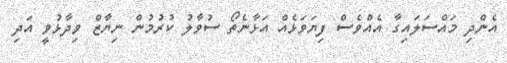
އެންދި މައްސަލައިގާ އެއްވެސް ފިޔަވަޅެއް އަޅާނެތޯ ސުވާލު ކުރުމުން ނިޔާޒް ވިދާޅުވީ އަދި